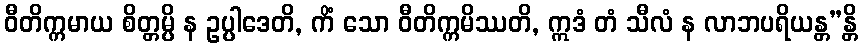
ဝီတိက္ကမာယ စိတ္တမ္ပိ န ဥပ္ပါဒေတိ, ကိံ သော ဝီတိက္ကမိဿတိ, ဣဒံ တံ သီလံ န လာဘပရိယန္တ”န္တိ